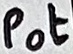
Text: Pot